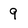
Character: 9